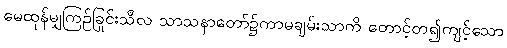
မေထုန်မျှကြဉ်ခြင်းသီလ သာသနာတော်၌ကာမချမ်းသာကို တောင့်တ၍ကျင့်သော